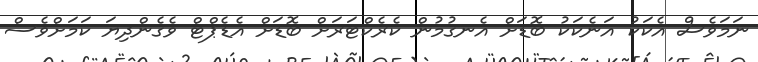
ނަމަވެސް އެކަކު އަނެކަކު ބޮޑަށް އެނގުމުން ކެރެކްޓަރަށް ބޮޑަށް އެޑެޕްޓް ވެގެންދިޔަ ކަމަށްވެސް